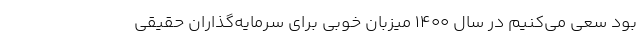
بود سعی می‌کنیم در سال 1400 میزبان خوبی برای سرمایه‌گذاران حقیقی